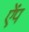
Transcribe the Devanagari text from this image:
ऐंप